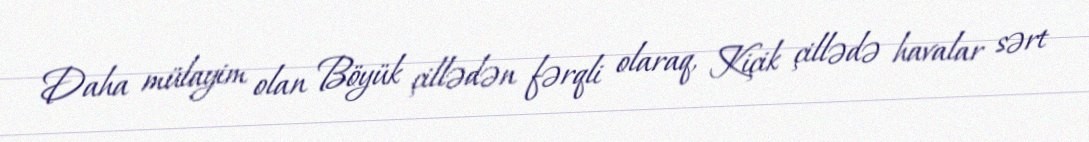
Daha mülayim olan Böyük çillədən fərqli olaraq, Kiçik çillədə havalar sərt